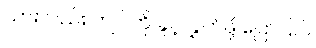
သားလည်း ကျုပ်ကို ခွင့်လွှတ်ဖို့ ပြောပြပါ။